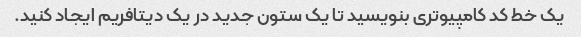
یک خط کد کامپیوتری بنویسید تا یک ستون جدید در یک دیتافریم ایجاد کنید.